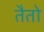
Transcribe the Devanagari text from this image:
तैतो